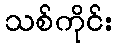
သစ်ကိုင်း